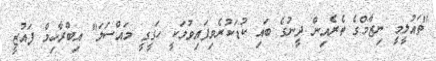
"ތައުލީމީ ނިޒާމްގެ ތެރެއިން ދީނުގެ ބައި ކުޑަކުރެވިފައިވުމަކީ ހަގީގީ މައްސަލަ" އިބްރާހިމް ފައުޒީ